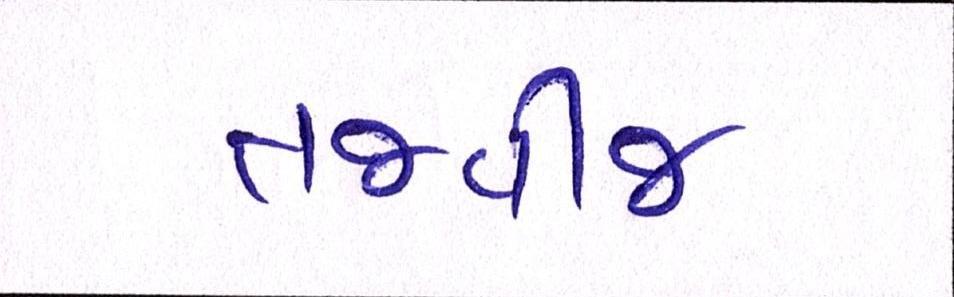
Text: તજવીજ